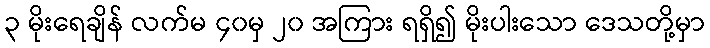
၃ မိုးရေချိန် လက်မ ၄၀မှ ၂၀ အကြား ရရှိ၍ မိုးပါးသော ဒေသတို့မှာ